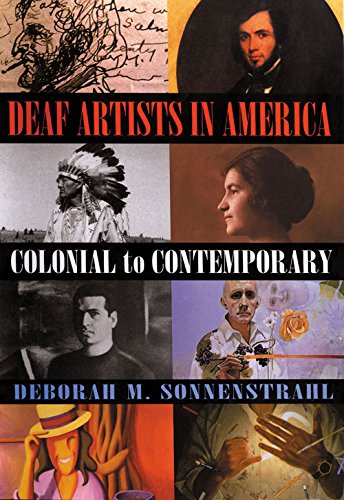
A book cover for Deaf Artists in America: Colonial to Contemporary; Deborah M. Sonnenstrahl; Health, Fitness & Dieting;